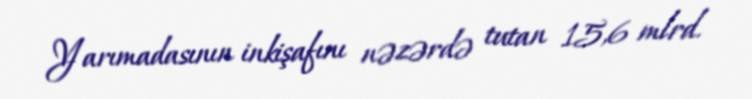
Yarımadasının inkişafını nəzərdə tutan 15,6 mlrd.